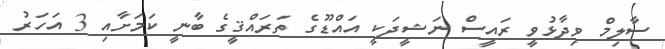
ސާލިމް ވިދާޅުވީ ރައީސް ނަޝީދަކީ އައްޑޫގެ ތަރައްޤީގެ ބާނީ ކަމަށާއި 3 އަހަރު